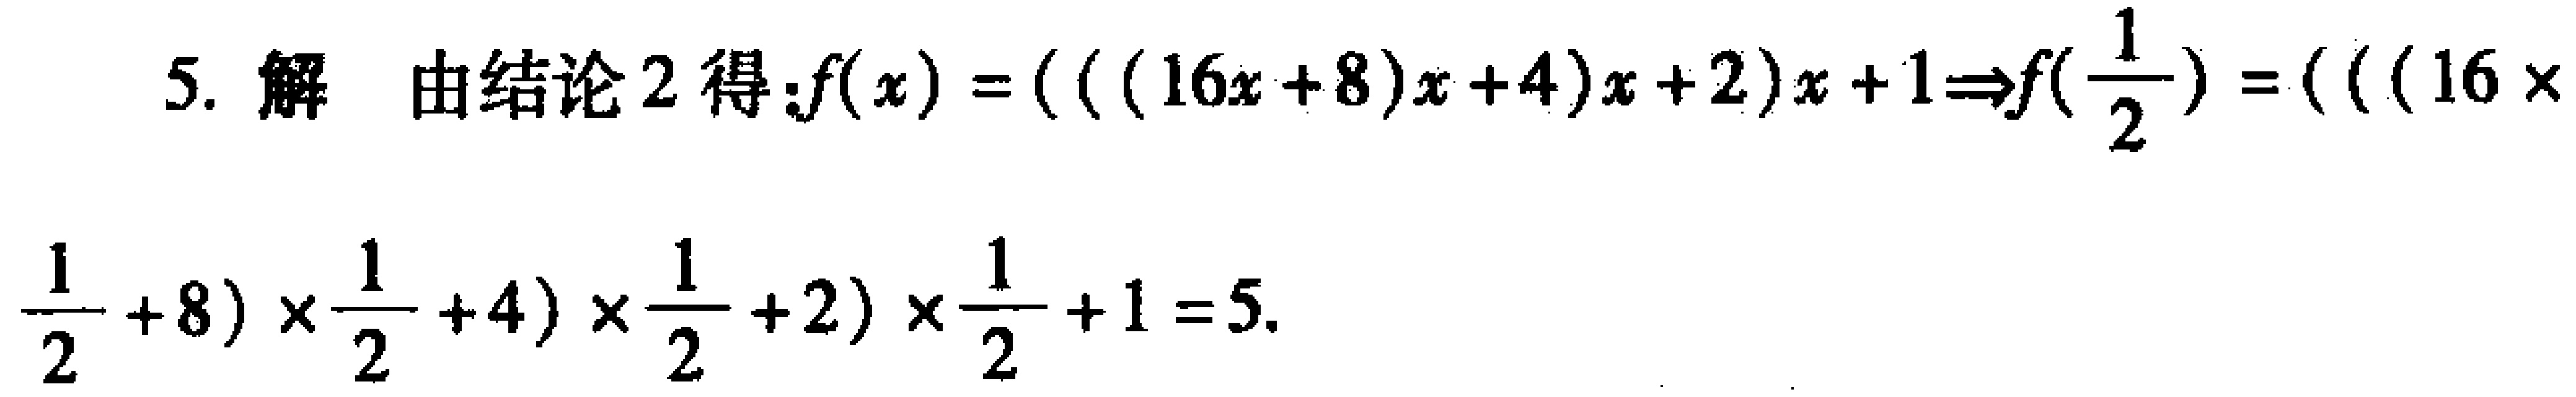
5. 解 由结论2得：\(f(x)=((((16x + 8)x + 4)x + 2)x + 1)\Rightarrow f(\frac{1}{2})=((((16\times\frac{1}{2}+8)\times\frac{1}{2}+4)\times\frac{1}{2}+2)\times\frac{1}{2}+1)=5\)